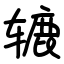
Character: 辘